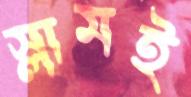
স্লামই